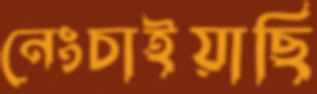
নেংচাইয়াছি